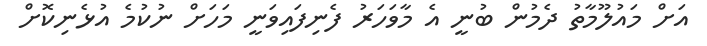
އަށް މައުލޫމާތު ދެމުން ބުނީ އެ މާވަހަރު ފެނިފައިވަނީ މަހަށް ނުކުމެ އުޅެނިކޮށް